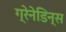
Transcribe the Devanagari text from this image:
ग्रेनेडिन्स